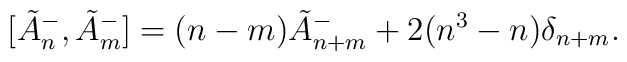
[\tilde A^-_n, \tilde A^-_m] = (n-m)\tilde A^-_{n+m} +2(n^3-n)\delta_{n+m}.